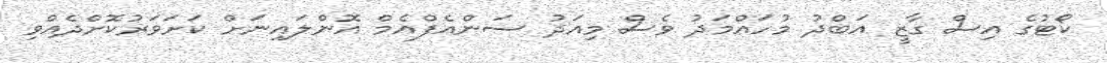
ކޯޓުގެ އިސް ގާޒީ އަބްދު މުހައްމަދު ވެސް މިއަދު ސަންއެފްއެމް އޮންލައިނަށް ކަށަވަރުކޮށްދެއްވި